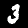
Label: 3